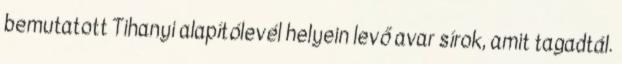
bemutatott Tihanyi alapítólevél helyein levő avar sírok, amit tagadtál.